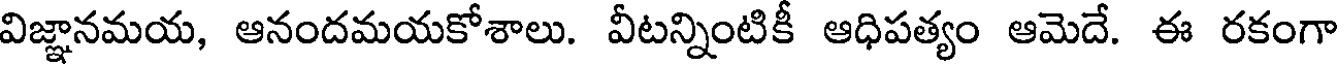
విజ్ఞానమయ, ఆనందమయకోశాలు. వీటన్నింటికీ ఆధిపత్యం ఆమెదే. ఈ రకంగా